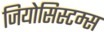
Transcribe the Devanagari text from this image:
जियोसिस्टम्स